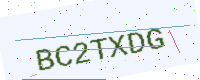
Text: BC2TXDG